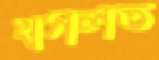
খসলত